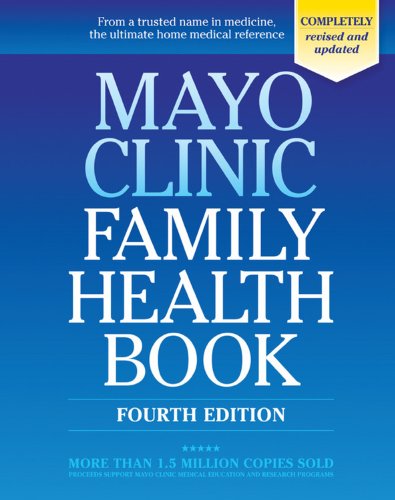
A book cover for Mayo Clinic Family Health Book; Mayo Clinic; Health, Fitness & Dieting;